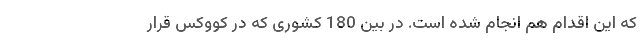
که این اقدام هم انجام شده است. در بین 180 کشوری که در کووکس قرار